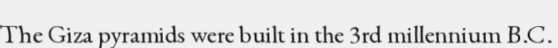
The Giza pyramids were built in the 3rd millennium B.C.